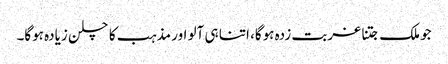
جو ملک جتنا غربت زدہ ہوگا، اتنا ہی آلو اور مذہب کا چلن زیادہ ہوگا۔